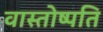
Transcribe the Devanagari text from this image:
वास्तोष्पति